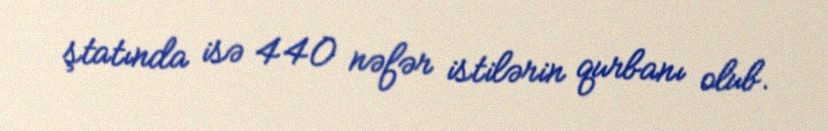
ştatında isə 440 nəfər istilərin qurbanı olub.